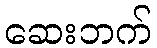
ဆေးဘက်